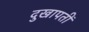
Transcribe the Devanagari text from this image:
दुखापतीं